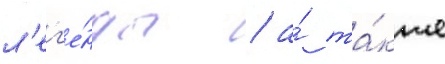
л'ег'е́нды / а́ та́кже